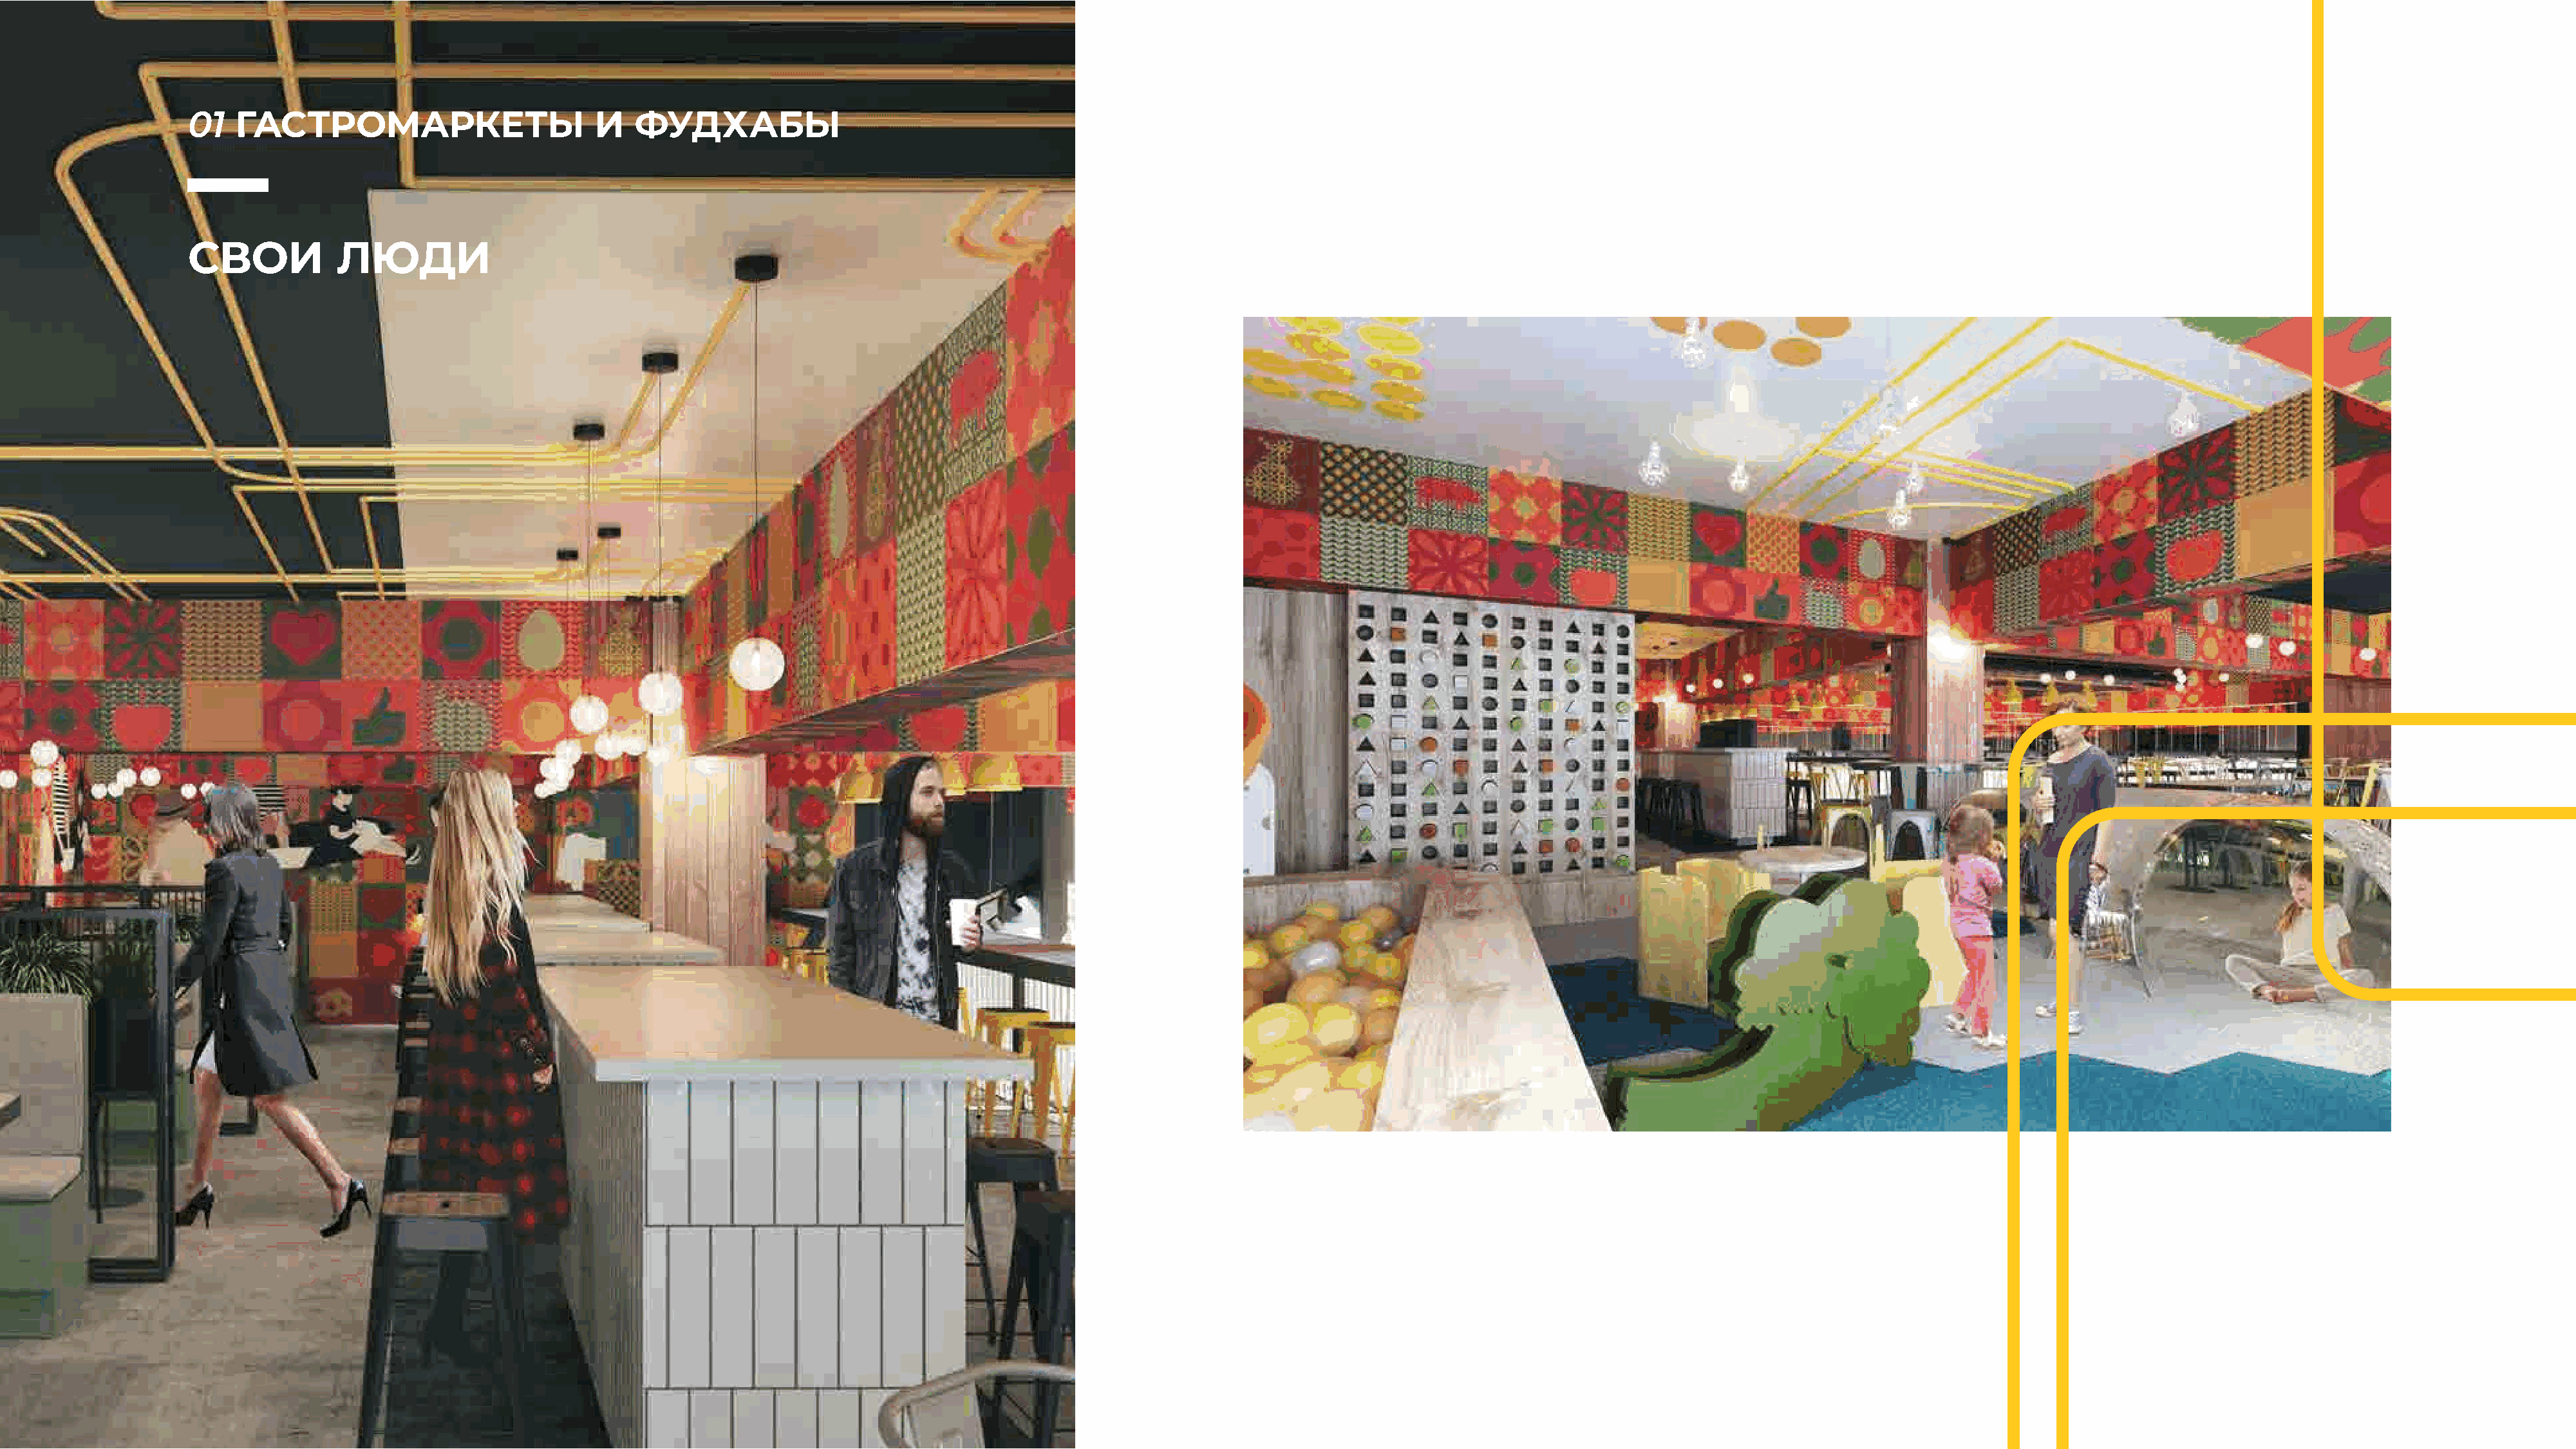
01   ГАСТРОМАРКЕТЫ                        И   ФУДХАБЫ
 СВОИ            ЛЮДИ